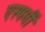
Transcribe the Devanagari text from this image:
एस्पर्गी